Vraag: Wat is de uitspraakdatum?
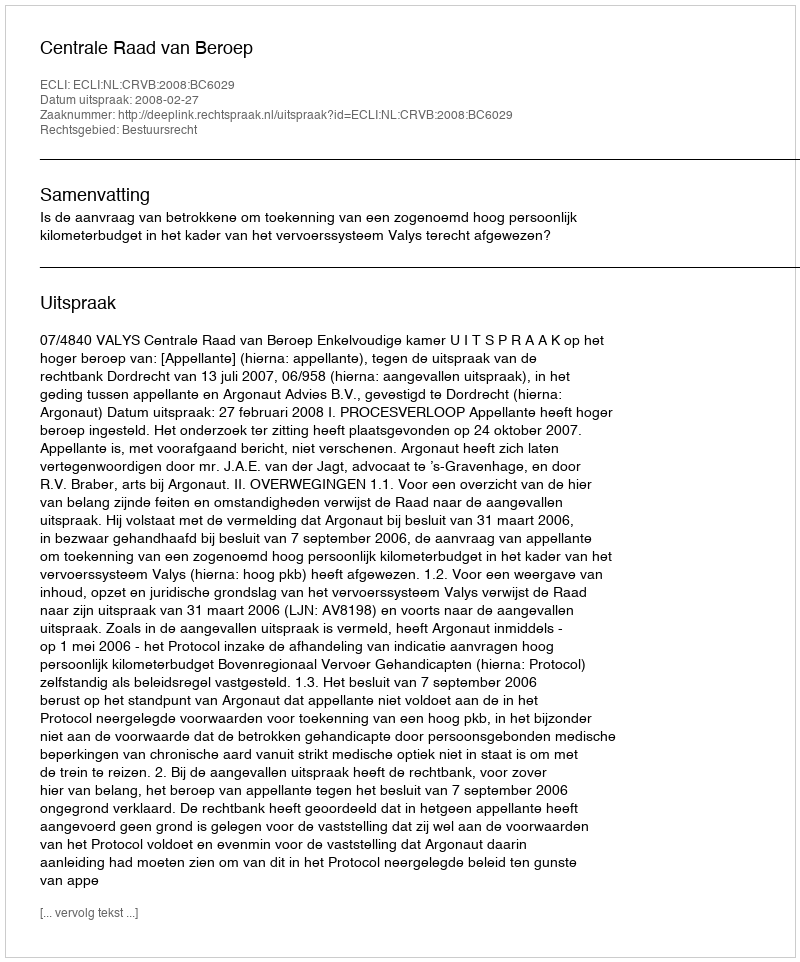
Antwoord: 2008-02-27